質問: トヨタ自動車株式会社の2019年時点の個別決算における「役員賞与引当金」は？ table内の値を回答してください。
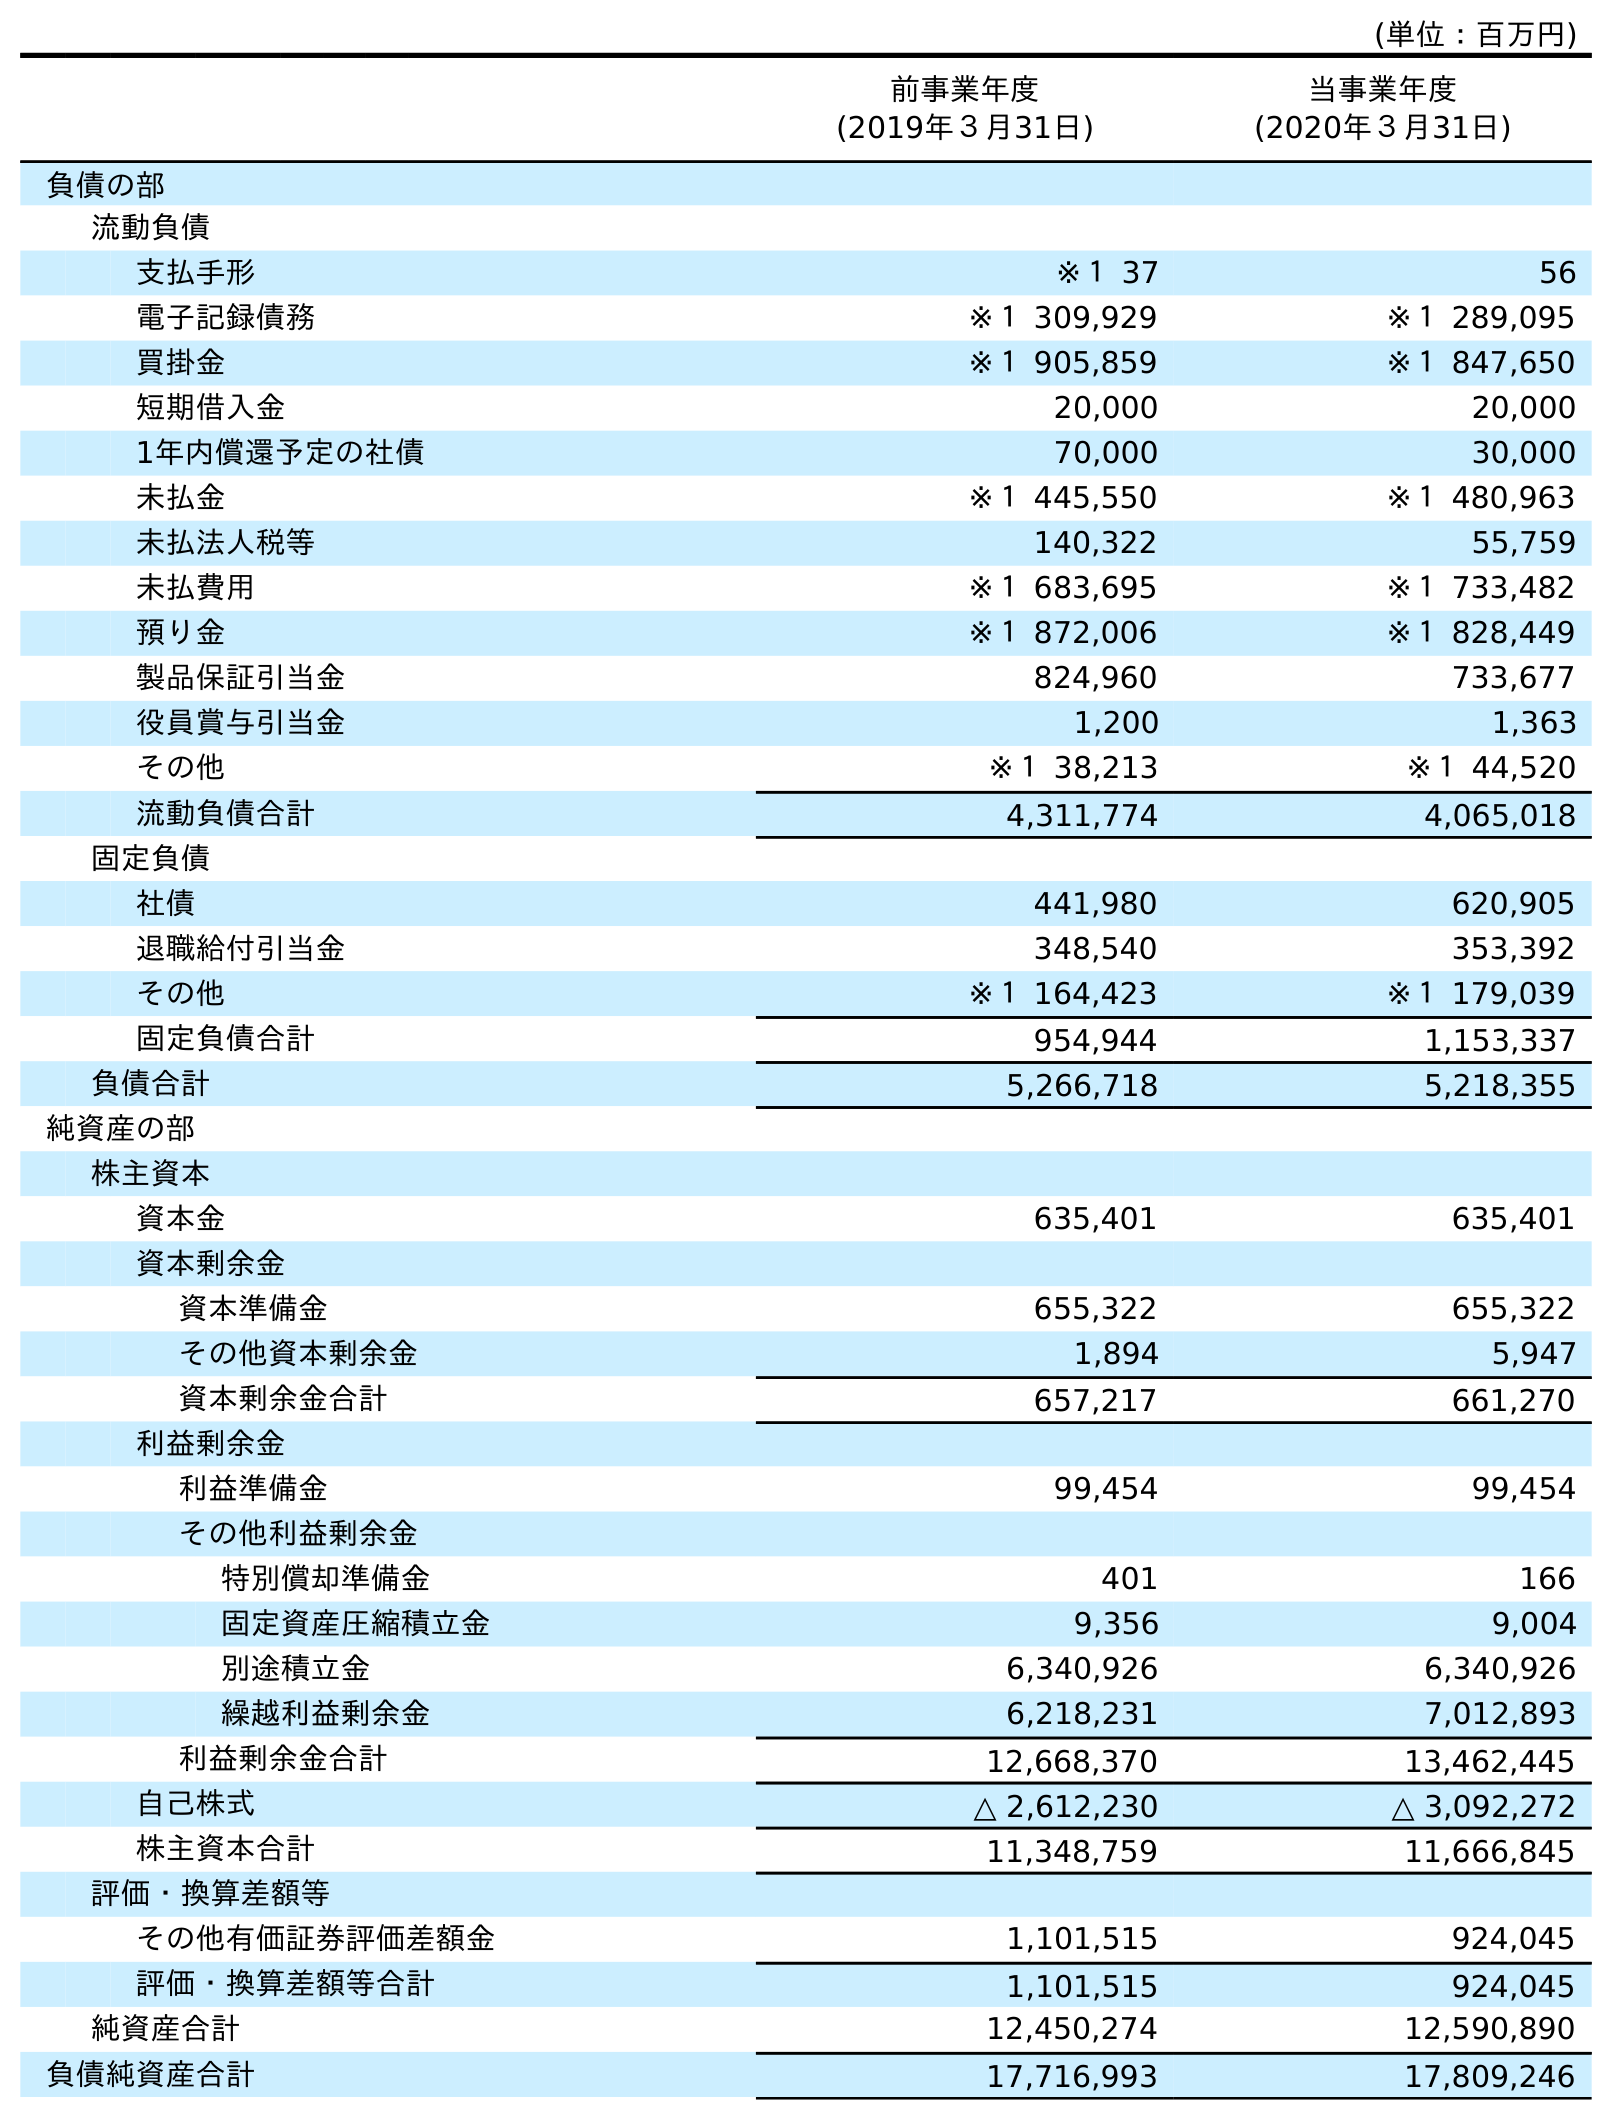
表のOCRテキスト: (単位：百万円) 前事業年度 (2019年３月31日) 当事業年度 (2020年３月31日) 負債の部 流動負債 支払手形 ※１ 37 56 電子記録債務 ※１ 309,929 ※１ 289,095 買掛金 ※１ 905,859 ※１ 847,650 短期借入金 20,000 20,000 1年内償還予定の社債 70,000 30,000 未払金 ※１ 445,550 ※１ 480,963 未払法人税等 140,322 55,759 未払費用 ※１ 683,695 ※１ 733,482 預り金 ※１ 872,006 ※１ 828,449 製品保証引当金 824,960 733,677 役員賞与引当金 1,200 1,363 その他 ※１ 38,213 ※１ 44,520 流動負債合計 4,311,774 4,065,018 固定負債 社債 441,980 620,905 退職給付引当金 348,540 353,392 その他 ※１ 164,423 ※１ 179,039 固定負債合計 954,944 1,153,337 負債合計 5,266,718 5,218,355 純資産の部 株主資本 資本金 635,401 635,401 資本剰余金 資本準備金 655,322 655,322 その他資本剰余金 1,894 5,947 資本剰余金合計 657,217 661,270 利益剰余金 利益準備金 99,454 99,454 その他利益剰余金 特別償却準備金 401 166 固定資産圧縮積立金 9,356 9,004 別途積立金 6,340,926 6,340,926 繰越利益剰余金 6,218,231 7,012,893 利益剰余金合計 12,668,370 13,462,445 自己株式 △ 2,612,230 △ 3,092,272 株主資本合計 11,348,759 11,666,845 評価・換算差額等 その他有価証券評価差額金 1,101,515 924,045 評価・換算差額等合計 1,101,515 924,045 純資産合計 12,450,274 12,590,890 負債純資産合計 17,716,993 17,809,246
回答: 1,200